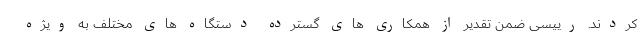
کردند. رییسی ضمن تقدیر از همکاری های گسترده دستگاه های مختلف به ویژه